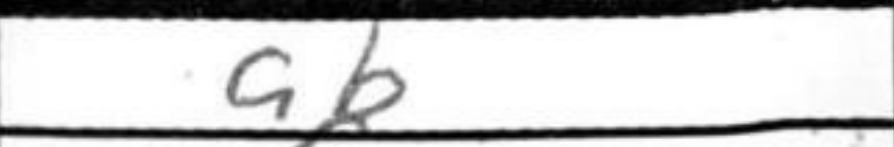
Transcription: a6